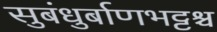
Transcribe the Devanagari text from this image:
सुबंधुर्बाणभट्टश्च